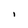
Character: i